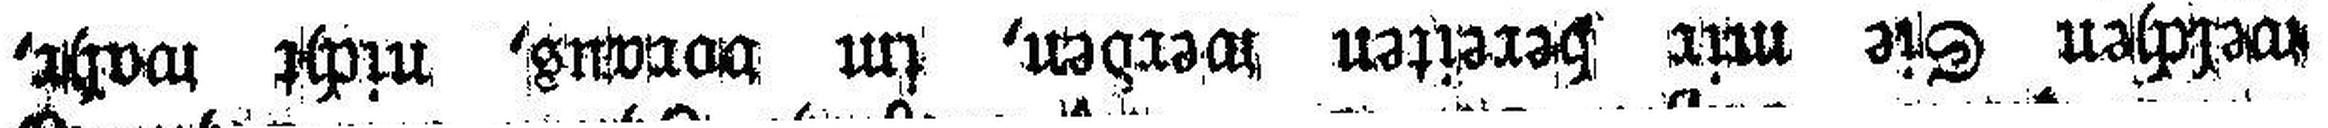
welchen Sie mir bereiten werden, im voraus, nicht wahr,